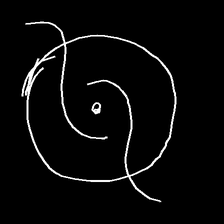
Glyph: repetition